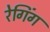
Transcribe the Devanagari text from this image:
रेगिंग